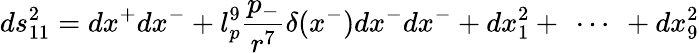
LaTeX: ds_{11}^{2}=dx^{+}dx^{-}+l_{p}^{9}\frac{p_{-}}{r^{7}}\delta(x^{-})dx^{-}dx^{-}+dx_{1}^{2}+\ \cdots\ +dx_{9}^{2}